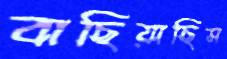
বাছিয়াছিস